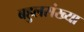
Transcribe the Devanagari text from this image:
बहुलसंख्या